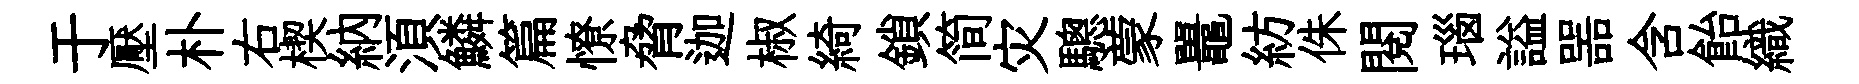
于壓朴右楔納湏鱗篇憭脅迦椒綺鎖简灾驄蒙鼉紡侏閲瑙謚噐含飴織